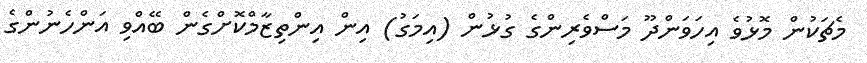
މެޗަކުން މޮޅުވެ އިހަވަންދޫ މަސްވެރިންގެ ގުޅުން (އިމަގު) އިން އިންތިޒާމްކޮށްގެން ބޭއްވި އަންހެނުންގެ